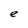
Character: e